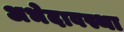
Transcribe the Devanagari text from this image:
अभेदावस्था